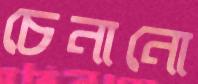
চেনানো